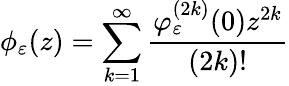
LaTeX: \phi_{\varepsilon}(z)=\sum_{k=1}^{\infty}\frac{\varphi_{\varepsilon}^{(2k)}(0)z^{2k}}{(2k)!}